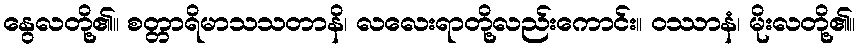
နွေလတို့၏။ စတ္တာရိမာသသတာနိ၊ လလေးရာတို့လည်းကောင်း။ ဝဿာနံ၊ မိုးလတို့၏။